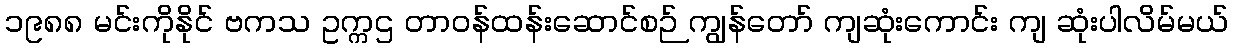
၁၉၈၈ မင်းကိုနိုင် ဗကသ ဥက္ကဌ တာဝန်ထန်းဆောင်စဉ် ကျွန်တော် ကျဆုံးကောင်း ကျ ဆုံးပါလိမ်မယ်